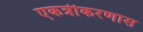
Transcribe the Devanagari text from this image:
एकत्रीकरणास